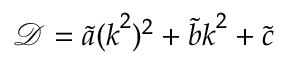
\mathcal { D } = \tilde { a } ( \boldsymbol { k } ^ { 2 } ) ^ { 2 } + \tilde { b } \boldsymbol { k } ^ { 2 } + \tilde { c }